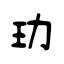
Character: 玏